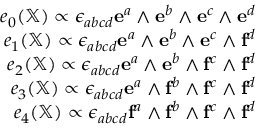
\begin{array} { r } { e _ { 0 } ( \mathbb { X } ) \propto \epsilon _ { a b c d } \mathbf { e } ^ { a } \wedge \mathbf { e } ^ { b } \wedge \mathbf { e } ^ { c } \wedge \mathbf { e } ^ { d } } \\ { e _ { 1 } ( \mathbb { X } ) \propto \epsilon _ { a b c d } \mathbf { e } ^ { a } \wedge \mathbf { e } ^ { b } \wedge \mathbf { e } ^ { c } \wedge \mathbf { f } ^ { d } } \\ { e _ { 2 } ( \mathbb { X } ) \propto \epsilon _ { a b c d } \mathbf { e } ^ { a } \wedge \mathbf { e } ^ { b } \wedge \mathbf { f } ^ { c } \wedge \mathbf { f } ^ { d } } \\ { e _ { 3 } ( \mathbb { X } ) \propto \epsilon _ { a b c d } \mathbf { e } ^ { a } \wedge \mathbf { f } ^ { b } \wedge \mathbf { f } ^ { c } \wedge \mathbf { f } ^ { d } } \\ { e _ { 4 } ( \mathbb { X } ) \propto \epsilon _ { a b c d } \mathbf { f } ^ { a } \wedge \mathbf { f } ^ { b } \wedge \mathbf { f } ^ { c } \wedge \mathbf { f } ^ { d } } \end{array}